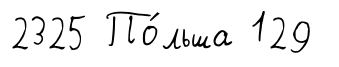
2325 По́льша 129